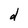
Character: d